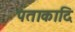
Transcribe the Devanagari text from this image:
पताकादि